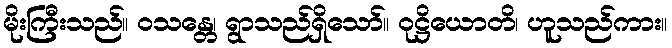
မိုးကြီးသည်။ ဝသန္တေ၊ ရွာသည်ရှိသော်။ ဝုဋ္ဌိယောတိ၊ ဟူသည်ကား။